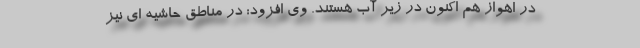
در اهواز هم اکنون در زیر آب هستند. وی افزود: در مناطق حاشیه ای نیز